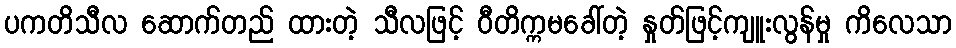
ပကတိသီလ ဆောက်တည် ထားတဲ့ သီလဖြင့် ဝီတိက္ကမခေါ်တဲ့ နှုတ်ဖြင့်ကျူးလွန်မှု ကိလေသာ